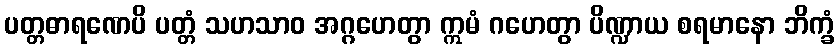
ပတ္တဓာရဏေပိ ပတ္တံ သဟသာဝ အဂ္ဂဟေတွာ ဣမံ ဂဟေတွာ ပိဏ္ဍာယ စရမာနော ဘိက္ခံ